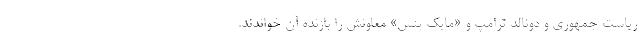
ریاست جمهوری و دونالد ترامپ و «مایک پنس» معاونش را بازنده آن خواندند.